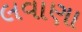
લવાણા